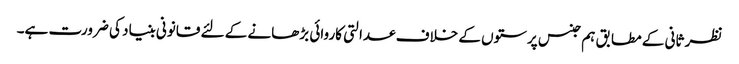
نظر ثانی کے مطابق ہم جنس پرستوں کے خلاف عدالتی کاروائی بڑھانے کے لئے قانونی بنیاد کی ضرورت ہے۔